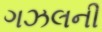
ગઝલની